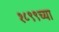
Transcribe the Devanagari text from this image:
१८९९च्या